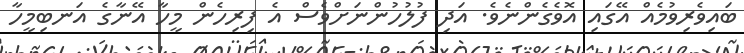
ބައިވެރިވުމެއް އޭގައި އޮވެގެންނެވެ. އަދި ފުލުހުންނަށްވެސް އެ ފިރިހެން މީހާ އޭނާގެ އަނބިމީހާ